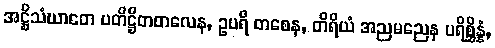
အဋ္ဌိသံဃာတေ ပတိဋ္ဌိတတလေန, ဥပရိ တစေန, တိရိယံ အညမညေန ပရိစ္ဆိန္နံ,